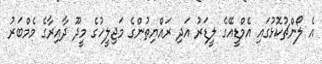
އެ ލޯންޗުކޮޅުގައި އެމްޑީއޭގެ ލީޑަރު އަދި ރައްޔިތުންގެ މަޖިލީހުގެ މީދޫ ދާއިރާގެ މެމްބަރު